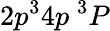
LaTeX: {2p^{3}4p~^{3}P}